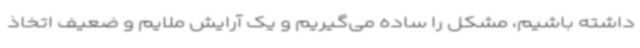
داشته باشیم، مشکل را ساده می‌گیریم و یک آرایش ملایم و ضعیف اتخاذ